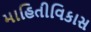
માહિતીવિકાસ